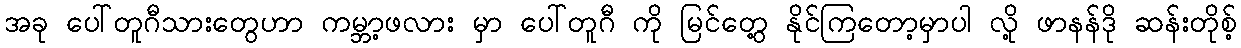
အခု ပေါ်တူဂီသားတွေဟာ ကမ္ဘာ့ဖလား မှာ ပေါ်တူဂီ ကို မြင်တွေ့ နိုင်ကြတော့မှာပါ လို့ ဖာနန်ဒို ဆန်းတိုစ့်